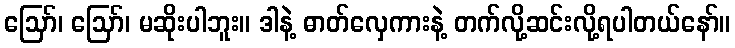
ဪ၊ ဪ၊ မဆိုးပါဘူး။ ဒါနဲ့ ဓာတ်လှေကားနဲ့ တက်လို့ဆင်းလို့ရပါတယ်နော်။